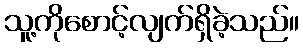
သူ့ကိုစောင့်လျက်ရှိခဲ့သည်။